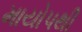
માયોપથી